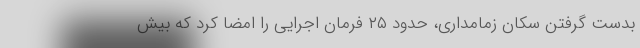
بدست گرفتن سکان زمامداری، حدود ۲۵ فرمان اجرایی را امضا کرد که بیش